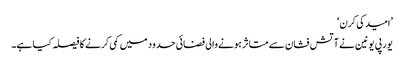
’امید کی کرن‘
یورپی یونین نے آتش فشان سے متاثر ہونے والی فضائی حدود میں کمی کرنے کا فیصلہ کیا ہے۔